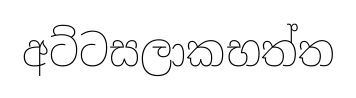
අට්ටසලාකභත්ත